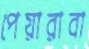
পেয়ারাবা